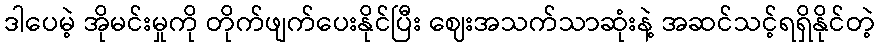
ဒါပေမဲ့ အိုမင်းမှုကို တိုက်ဖျက်ပေးနိုင်ပြီး ဈေးအသက်သာဆုံးနဲ့ အဆင်သင့်ရရှိနိုင်တဲ့